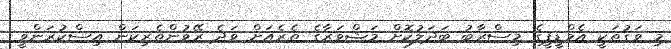
މި ވަގުތަކީ އެމްޑީޕީގެ މިސްރާބު ބަދަލުކޮށް މަޝްވަރާގެ ތެރެއަށް ވަދެ ރޭވުންތެރިކަން އިސްކުރަންވީ